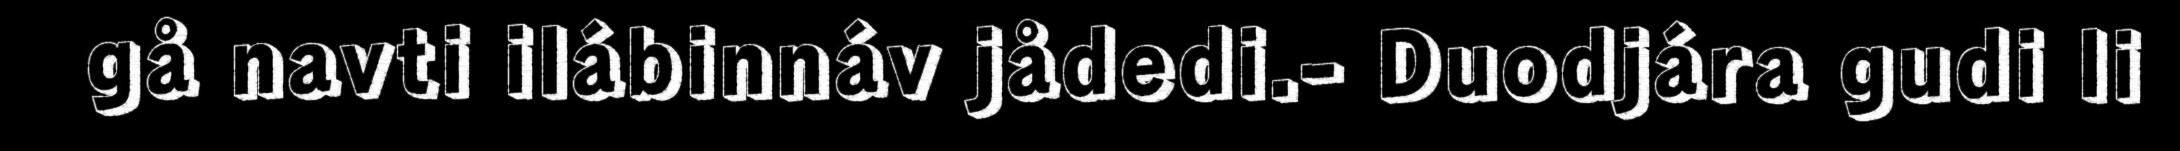
gå navti ilábinnáv jådedi.- Duodjára gudi li